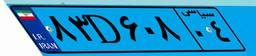
۰۸D۹۶۹۵۶